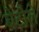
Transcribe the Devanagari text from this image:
बेटौले